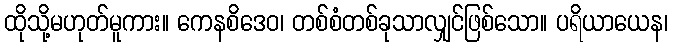
ထိုသို့မဟုတ်မူကား။ ကေနစိဒေဝ၊ တစ်စံတစ်ခုသာလျှင်ဖြစ်သော။ ပရိယာယေန၊